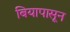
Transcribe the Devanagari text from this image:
बियापासून